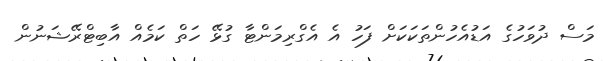
މަސް ދުވަހުގެ އަޑުއެހުންތަކަކަށް ފަހު އެ އެގްރިމަންޓާ ގުޅޭ ހަތް ކަމެއް އާބިޓްރޭޝަނުން